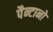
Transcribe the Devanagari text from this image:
पैन्टानो